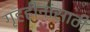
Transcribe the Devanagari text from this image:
गृहहीनांसाठी